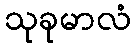
သုခုမာလံ